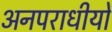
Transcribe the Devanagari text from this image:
अनपराधीयों